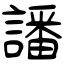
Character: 譒